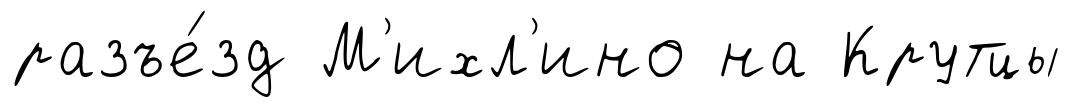
разъе́зд М'ихл'ино на Крутцы